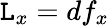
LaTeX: \mathtt{L}_{x}=df_{x}